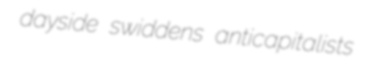
dayside swiddens anticapitalists